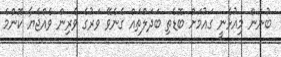
ބުނަން މިއުޅެނީ ގައުމަށް ބޮޑެތި ބަދަލްތައް ގެނެވޭ ވަރުގެ ވެރިން ވެއްޖެޔާ ކޮންމެ